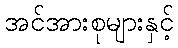
အင်အားစုများနှင့်